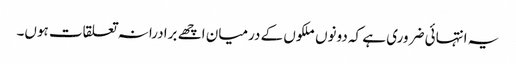
یہ انتہائی ضروری ہے کہ دونوں ملکوں کے درمیان اچھے برادرانہ تعلقات ہوں۔